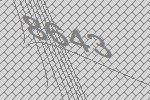
8643